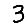
Digit: 3